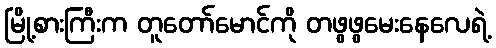
မြို့စားကြီးက တူတော်မောင်ကို တဖွဖွမေးနေလေရဲ့